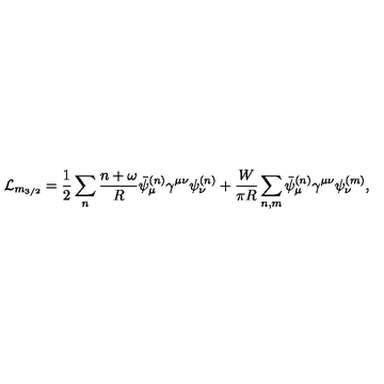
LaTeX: \mathcal { L } _ { m _ { 3 / 2 } } = \frac { 1 } { 2 } \sum _ { n } \frac { n + \omega } { R } \bar { \psi } _ { \mu } ^ { ( n ) } \gamma ^ { \mu \nu } \psi _ { \nu } ^ { ( n ) } + \frac { W } { \pi R } \sum _ { n , m } \bar { \psi } _ { \mu } ^ { ( n ) } \gamma ^ { \mu \nu } \psi _ { \nu } ^ { ( m ) } ,